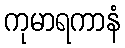
ကုမာရကာနံ